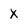
Character: X